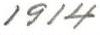
1914